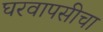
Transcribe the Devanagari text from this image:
घरवापसीचा